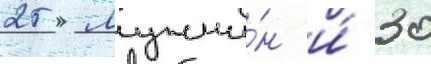
25 мужчи́н и́ 30